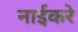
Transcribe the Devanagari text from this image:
नाईकरे